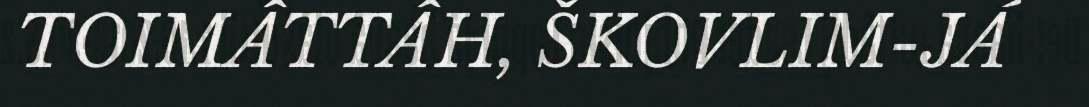
TOIMÂTTÂH, ŠKOVLIM-JÁ